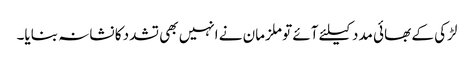
لڑکی کے بھائی مدد کیلئے آئے تو ملزمان نے انہیں بھی تشدد کا نشانہ بنایا۔